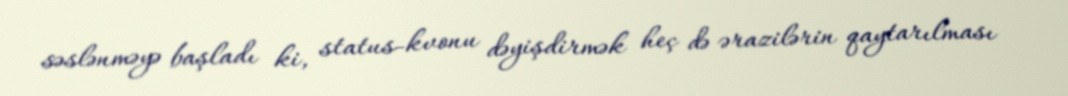
səslənməyə başladı ki, status-kvonu dəyişdirmək heç də ərazilərin qaytarılması